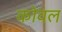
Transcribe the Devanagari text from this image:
कोवल